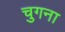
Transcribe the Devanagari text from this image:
चुगना